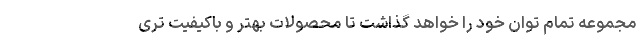
مجموعه تمام توان خود را خواهد گذاشت تا محصولات بهتر و باکیفیت تری